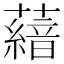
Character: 𮒨